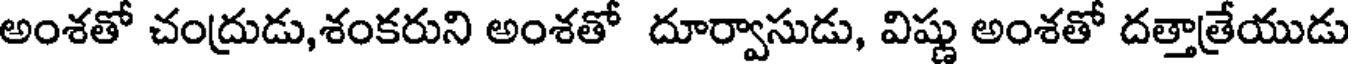
అంశతో చంద్రుడు,శంకరుని అంశతో దూర్వాసుడు, విష్ణు అంశతో దత్తాత్రేయుడు